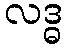
လဒ္ဓ